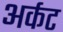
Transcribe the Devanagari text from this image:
अर्कट